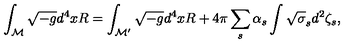
\int _ { \cal M } \sqrt { - g } d ^ { 4 } x R = \int _ { \cal M ^ { \prime } } \sqrt { - g } d ^ { 4 } x R + 4 \pi \sum _ { s } \alpha _ { s } \int \sqrt { \sigma } _ { s } d ^ { 2 } \zeta _ { s } ,